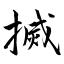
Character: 搣